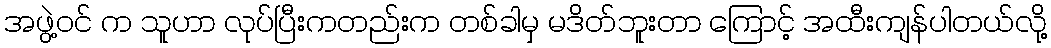
အဖွဲ့ဝင် က သူဟာ လုပ်ပြီးကတည်းက တစ်ခါမှ မဒိတ်ဘူးတာ ကြောင့် အထီးကျန်ပါတယ်လို့